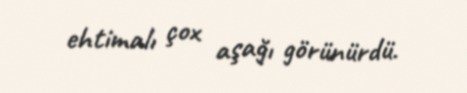
ehtimalı çox aşağı görünürdü.